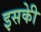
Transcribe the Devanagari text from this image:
इसकीे